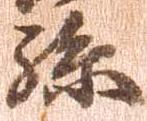
糸